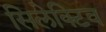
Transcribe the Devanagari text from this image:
सिलेक्टिव